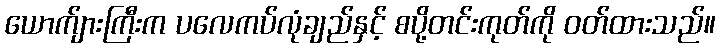
ယောက်ျားကြီးက ပလေကပ်လုံချည်နှင့် စပို့တင်းကုတ်ကို ဝတ်ထားသည်။